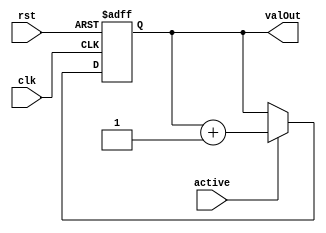
module FB_LoadAddress(clk, rst, active, valOut);

    input wire[0:0] clk, rst, active;

    output reg[1:0] valOut;

    always @(posedge clk, posedge rst) begin
        if(rst) begin
          valOut <= 2'b0;
        end
        else if(active) begin
            valOut <= valOut + 1;
        end 
    end

endmodule